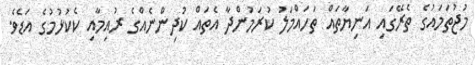
މުޖުތަމައުގެ ތެރޭގައި އަނިޔާތައް ތަހައްމަލު ކުރަމުންދާ އެތައް ކުދިންނެއްގެ ރުއިމާއި ކެކުޅުމުގެ އަޑެވެ.